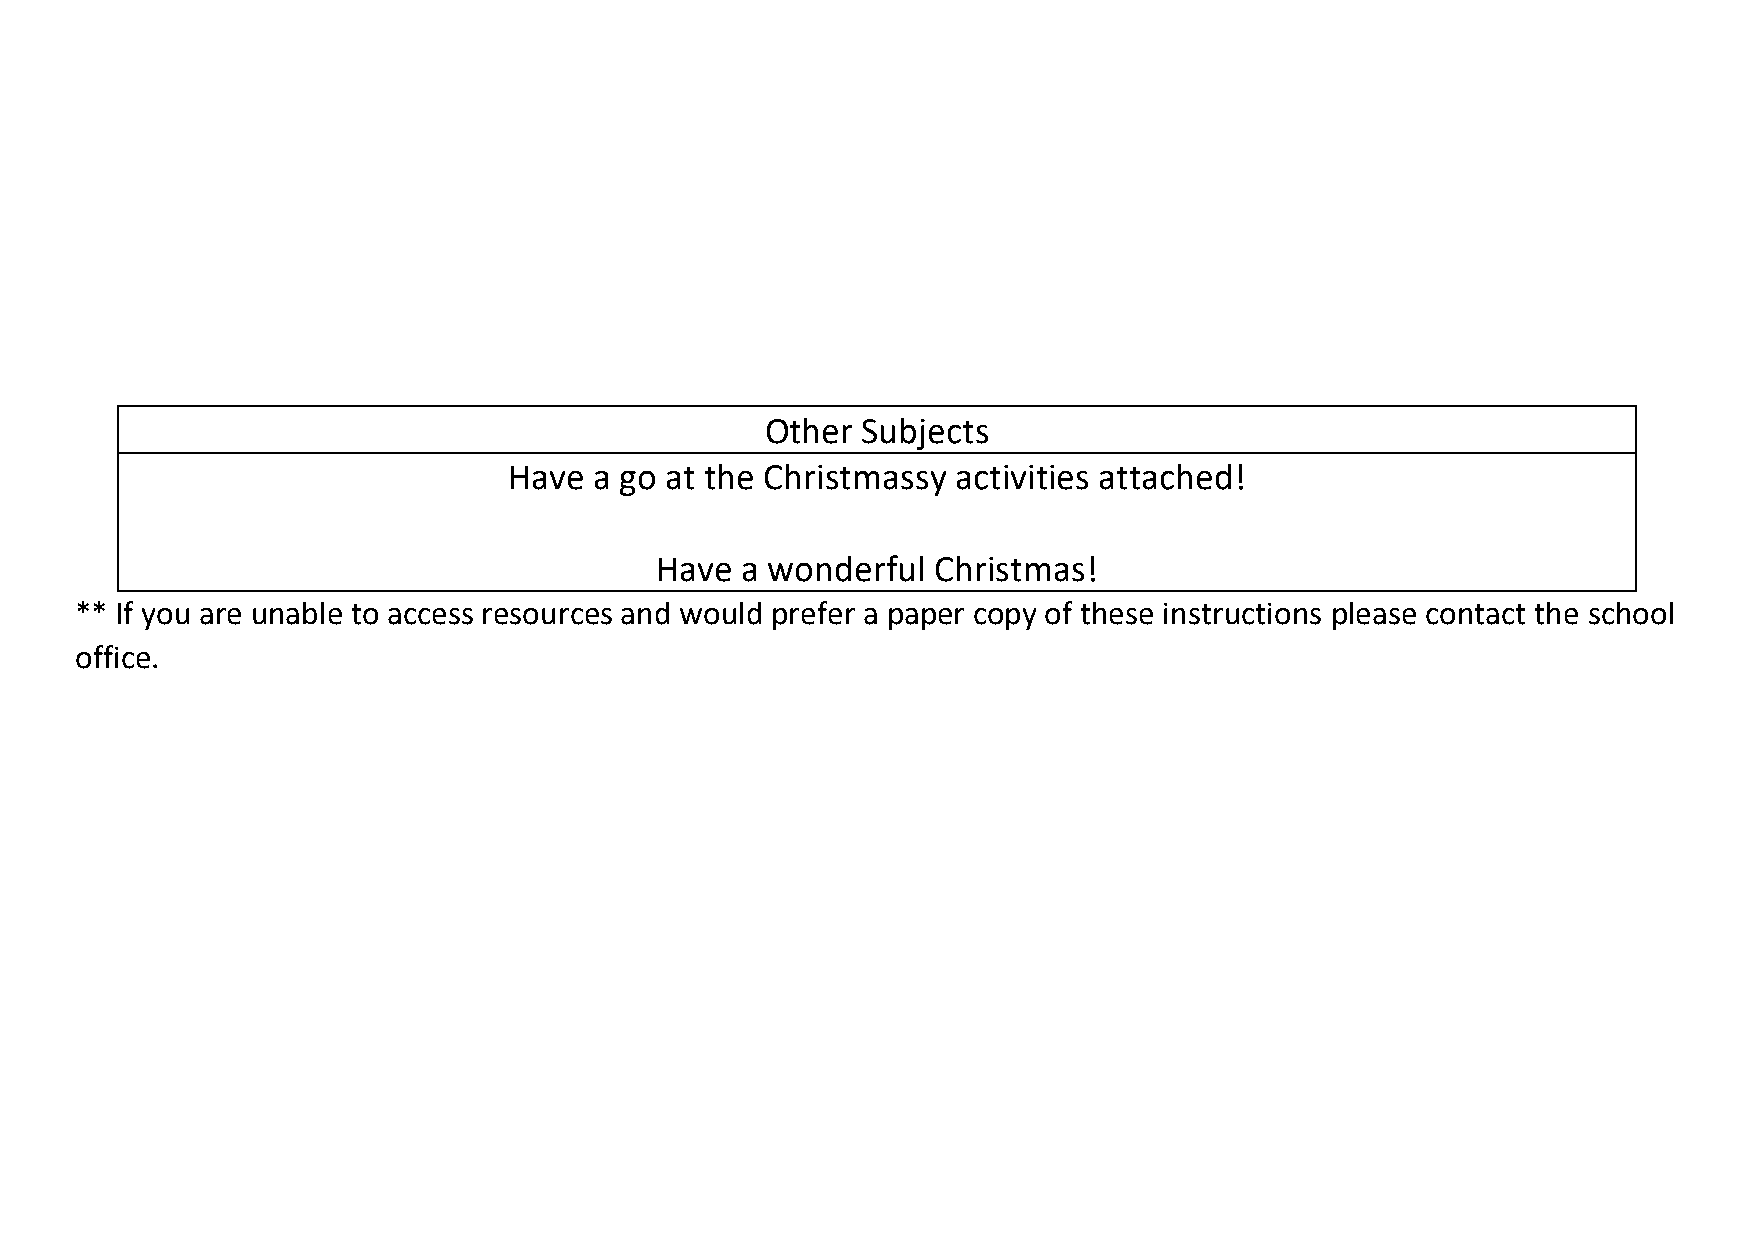
Other Subjects
 Have a go at the Christmassy activities attached!
 Have  a wonderful  Christmas!
 ** If you are unable to access resources and would prefer a paper copy of these instructions please contact the school
 office.